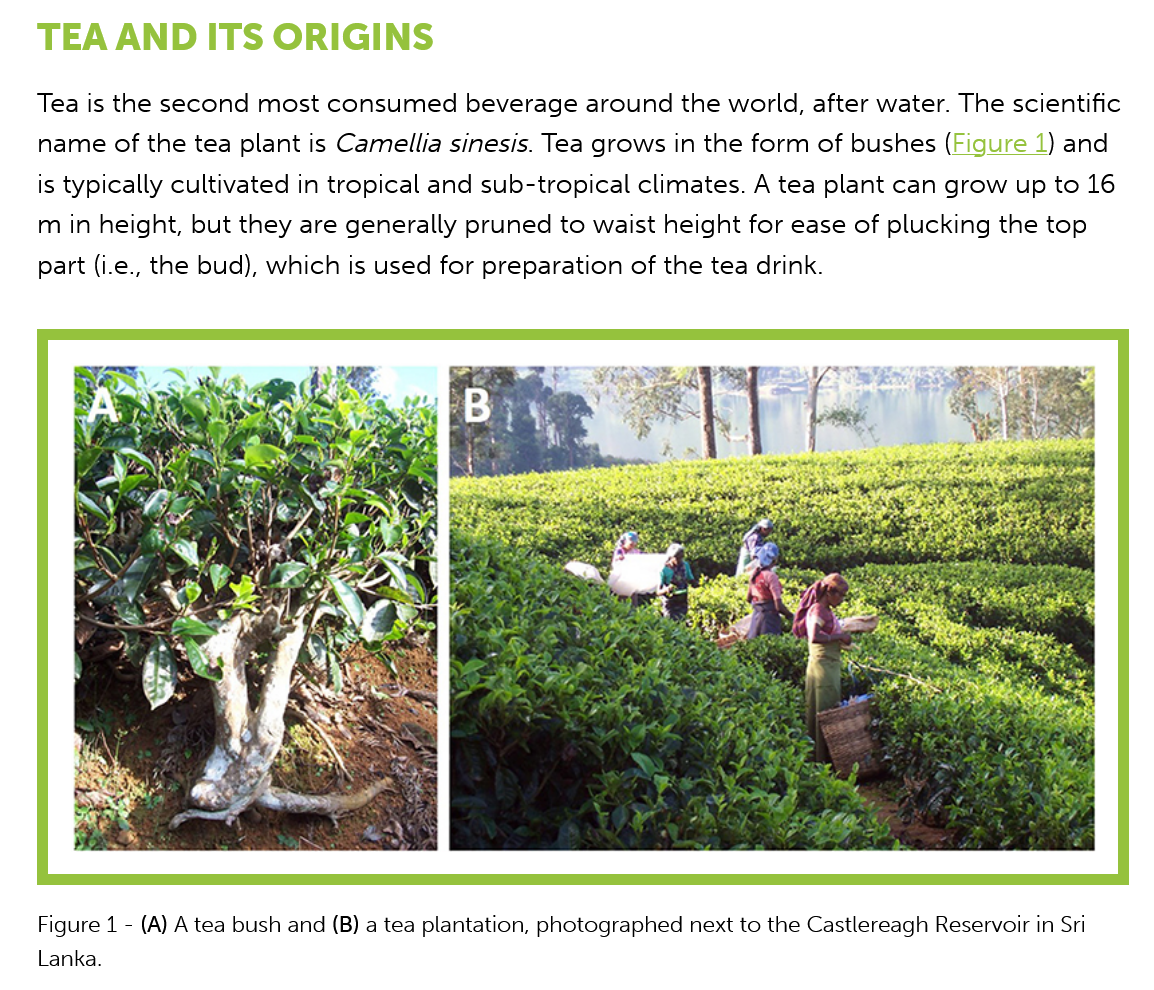
TEA   AND  ITS    ORIGINS
    Tea is the second most  consumed   beverage  around  the world, after water. The scientific
    name of the  tea plant is Camellia sinesis. Tea grows in the form of bushes (Figure 1) and
    is typically cultivated in tropical and sub-tropical climates. A tea plant can grow up to 16
    m in height, but they are generally pruned to waist height for ease of plucking the top
    part (i.e., the bud), which is used for preparation of the tea drink.
    Figure 1
     -
     (A) A tea bush and (B) a tea plantation, photographed next to the Castlereagh Reservoir in Sri
    Lanka.